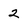
Character: 2